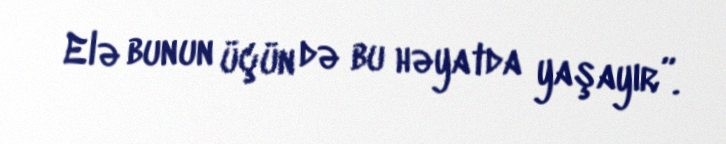
Elə bunun üçün də bu həyatda yaşayır”.